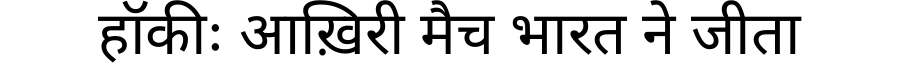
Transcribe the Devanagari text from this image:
हॉकीः आख़िरी मैच भारत ने जीता